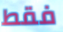
فقط